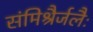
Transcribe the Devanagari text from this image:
संमिश्रैर्जलैः